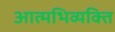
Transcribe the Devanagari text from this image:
आत्मभिव्यक्ति